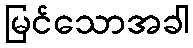
မြင်သောအခါ